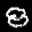
Label: 8